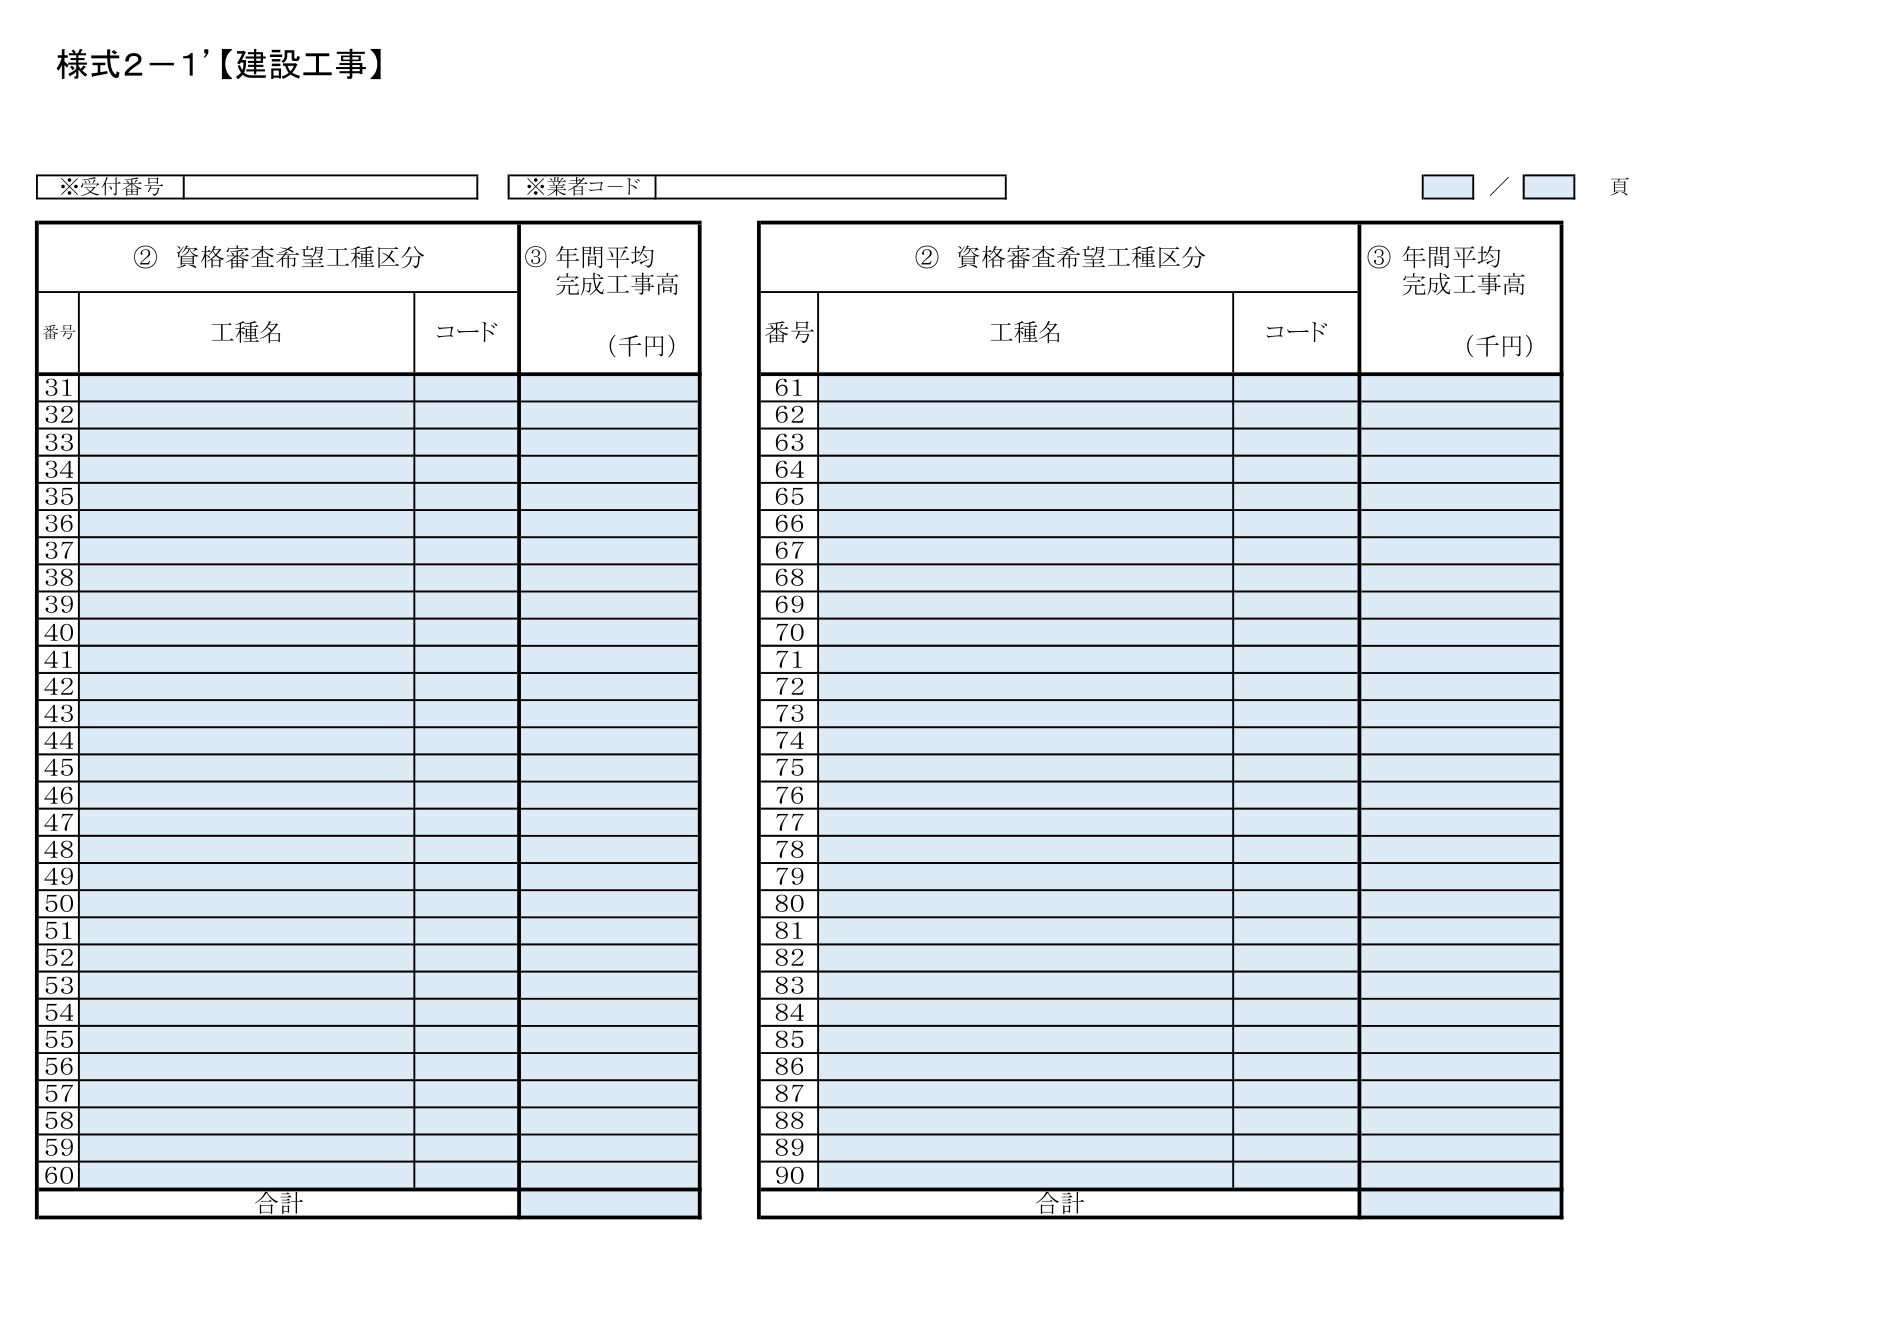
様式2－1’【建設工事】

※受付番号
※業者コード
／ 頁

② 資格審査希望工種区分
③ 年間平均
完成工事高
（千円）

番号 工種名 コード

31
32
33
34
35
36
37
38
39
40
41
42
43
44
45
46
47
48
49
50
51
52
53
54
55
56
57
58
59
60

合計

② 資格審査希望工種区分
③ 年間平均
完成工事高
（千円）

番号 工種名 コード

61
62
63
64
65
66
67
68
69
70
71
72
73
74
75
76
77
78
79
80
81
82
83
84
85
86
87
88
89
90

合計